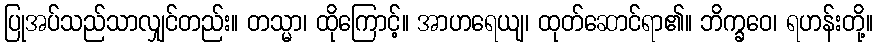
ပြုအပ်သည်သာလျှင်တည်း။ တသ္မာ၊ ထိုကြောင့်။ အာဟရေယျ၊ ထုတ်ဆောင်ရာ၏။ ဘိက္ခဝေ၊ ရဟန်းတို့။